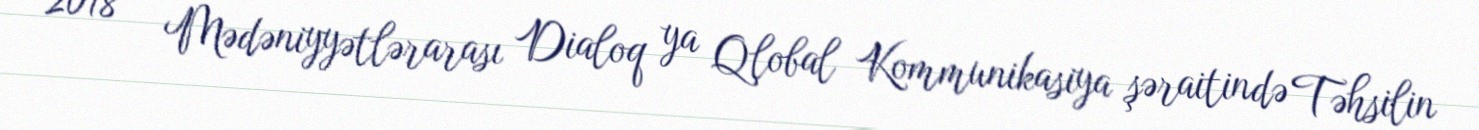
2018 – Mədəniyyətlərarası Dialoq ya Qlobal Kommunikasiya şəraitində Təhsilin